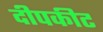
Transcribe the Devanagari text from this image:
दीपकीट